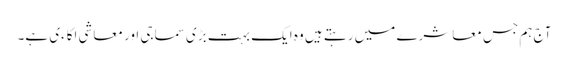
آج ہم جس معاشرے میں رہتے ہیں وہ ایک بہت بڑی سماجی اور معاشی اکاءی ہے۔